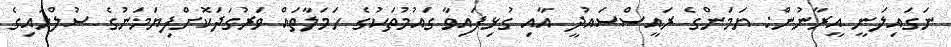
ނަގައިލަނީ އީރާނުން: ޔަމަންގެ ރައީސްސައުދީ އާއި ގުޅިފައިވާ ގައުމުތަކުގެ ހަމަލާތައް ވަރުގަދަކޮށްފިޔަމަނުގެ ސުލްހައިގެ